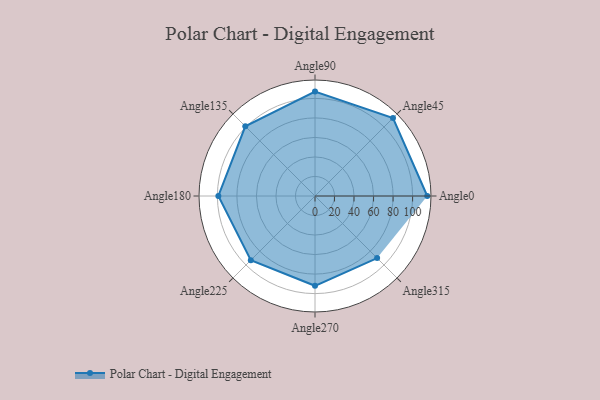
{"axis": {"x": "Angle", "y": "Radius"}, "legend": [""], "data": [{"x": "Angle0", "y": 115.0, "type": ""}, {"x": "Angle45", "y": 113.0, "type": ""}, {"x": "Angle90", "y": 107.0, "type": ""}, {"x": "Angle135", "y": 101.0, "type": ""}, {"x": "Angle180", "y": 99.0, "type": ""}, {"x": "Angle225", "y": 93.0, "type": ""}, {"x": "Angle270", "y": 92.0, "type": ""}, {"x": "Angle315", "y": 90.0, "type": ""}]}